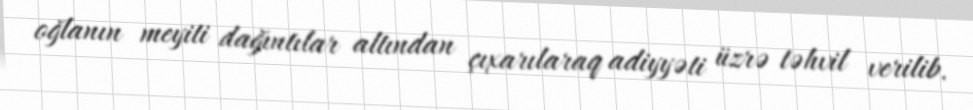
oğlanın meyiti dağıntılar altından çıxarılaraq adiyyəti üzrə təhvil verilib.